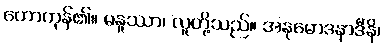
ဟောကုန်၏။ မနူဿာ၊ လူတို့သည်။ အနုမောဒနာဒီနိ၊